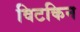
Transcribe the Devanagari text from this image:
विटकिन